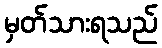
မှတ်သားရသည်